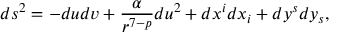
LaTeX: d s ^ { 2 } = - d u d v + \frac { \alpha } { r ^ { 7 - p } } d u ^ { 2 } + d x ^ { i } d x _ { i } + d y ^ { s } d y _ { s } ,